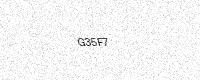
Text: G35F7